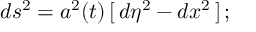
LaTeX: d s ^ { 2 } = a ^ { 2 } ( t ) \, [ \, d { \eta } ^ { 2 } - d x ^ { 2 } \, ] \, ;